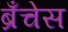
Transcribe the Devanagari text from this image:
ब्रँचेस